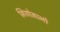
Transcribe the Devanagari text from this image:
गियोवानो